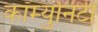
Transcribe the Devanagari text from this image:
कॉम्‍युनिटी